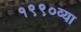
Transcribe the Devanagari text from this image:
१९९०व्या